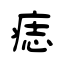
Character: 痣